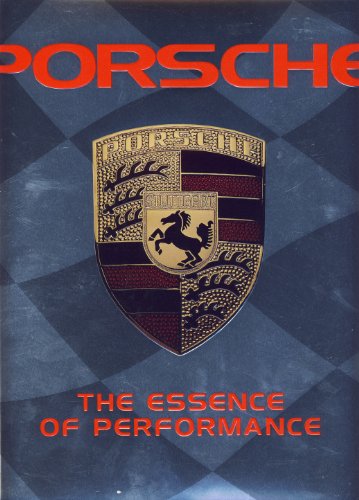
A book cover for Porsche the Essence of Performance; Louis Weber; Engineering & Transportation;